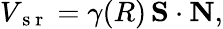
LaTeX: \begin{array}{r}{V_{\mathrm{~s~r~}}=\gamma(R)\, {\mathbf S}\cdot{\mathbf N},}\end{array}